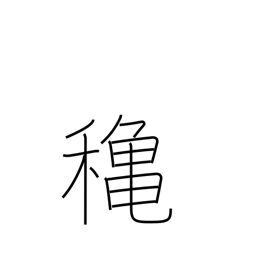
Meaning: autumn